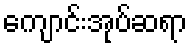
ကျောင်းအုပ်ဆရာ